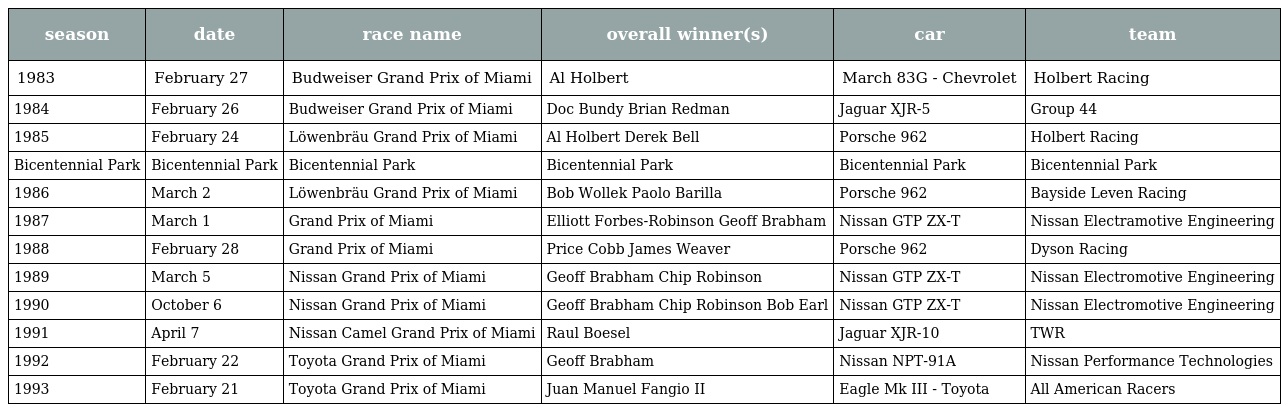
| season | date | race name | overall winner(s) | car | team |
 | --- | --- | --- | --- | --- | --- |
 | 1983 | February 27 | Budweiser Grand Prix of Miami | Al Holbert | March 83G - Chevrolet | Holbert Racing |
 | 1984 | February 26 | Budweiser Grand Prix of Miami | Doc Bundy Brian Redman | Jaguar XJR-5 | Group 44 |
 | 1985 | February 24 | Löwenbräu Grand Prix of Miami | Al Holbert Derek Bell | Porsche 962 | Holbert Racing |
 | Bicentennial Park | Bicentennial Park | Bicentennial Park | Bicentennial Park | Bicentennial Park | Bicentennial Park |
 | 1986 | March 2 | Löwenbräu Grand Prix of Miami | Bob Wollek Paolo Barilla | Porsche 962 | Bayside Leven Racing |
 | 1987 | March 1 | Grand Prix of Miami | Elliott Forbes-Robinson Geoff Brabham | Nissan GTP ZX-T | Nissan Electramotive Engineering |
 | 1988 | February 28 | Grand Prix of Miami | Price Cobb James Weaver | Porsche 962 | Dyson Racing |
 | 1989 | March 5 | Nissan Grand Prix of Miami | Geoff Brabham Chip Robinson | Nissan GTP ZX-T | Nissan Electromotive Engineering |
 | 1990 | October 6 | Nissan Grand Prix of Miami | Geoff Brabham Chip Robinson Bob Earl | Nissan GTP ZX-T | Nissan Electromotive Engineering |
 | 1991 | April 7 | Nissan Camel Grand Prix of Miami | Raul Boesel | Jaguar XJR-10 | TWR |
 | 1992 | February 22 | Toyota Grand Prix of Miami | Geoff Brabham | Nissan NPT-91A | Nissan Performance Technologies |
 | 1993 | February 21 | Toyota Grand Prix of Miami | Juan Manuel Fangio II | Eagle Mk III - Toyota | All American Racers |